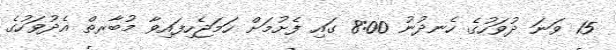
15 ވަނަ ދުވަހުގެ ހެނދުނު 8:00 ގައި ފެށުމަށް ހަމަޖެހިފައިވާ މުބާރތް އެދުވަހުގެ